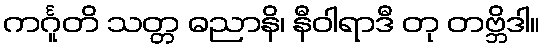
ကင်္ဂူတိ သတ္တ ဓညာနိ၊ နီဝါရာဒီ တု တဗ္ဘိဒါ။